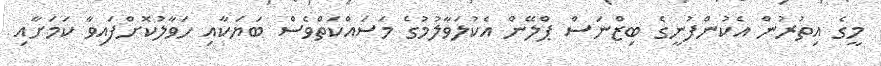
މީގެ އިތުރުން އެކުންފުނީގެ ބިޒްނަސް ޕްލޭން އެކުލަވާލުމުގެ މަސައްކަތްވެސް ބަޔަކާއި ހަވާލުކޮށްފައިވާ ކަމަށާއި